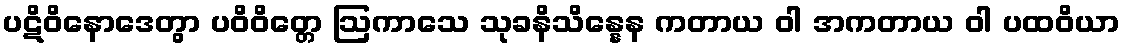
ပဋိဝိနောဒေတွာ ပဝိဝိတ္တေ ဩကာသေ သုခနိသိန္နေန ကတာယ ဝါ အကတာယ ဝါ ပထဝိယာ